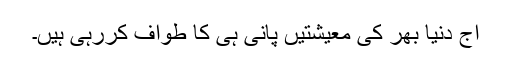
آج دنیا بھر کی معیشتیں پانی ہی کا طواف کررہی ہیں۔